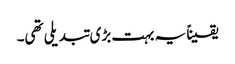
یقیناً یہ بہت بڑی تبدیلی تھی۔